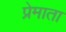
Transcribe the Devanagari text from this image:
प्रेमाता